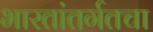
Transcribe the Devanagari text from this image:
भारतांतर्गतचा